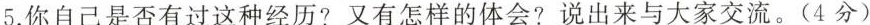
5.你自己是否有过这种经历?又有怎样的体会?说出来与大家交流。(4分)